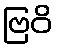
ဗြဝိ